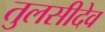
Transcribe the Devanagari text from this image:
तुलसीदेव